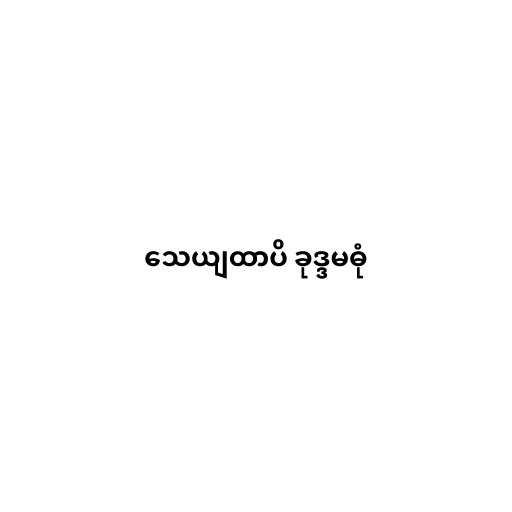
သေယျထာပိ ခုဒ္ဒမဓုံ